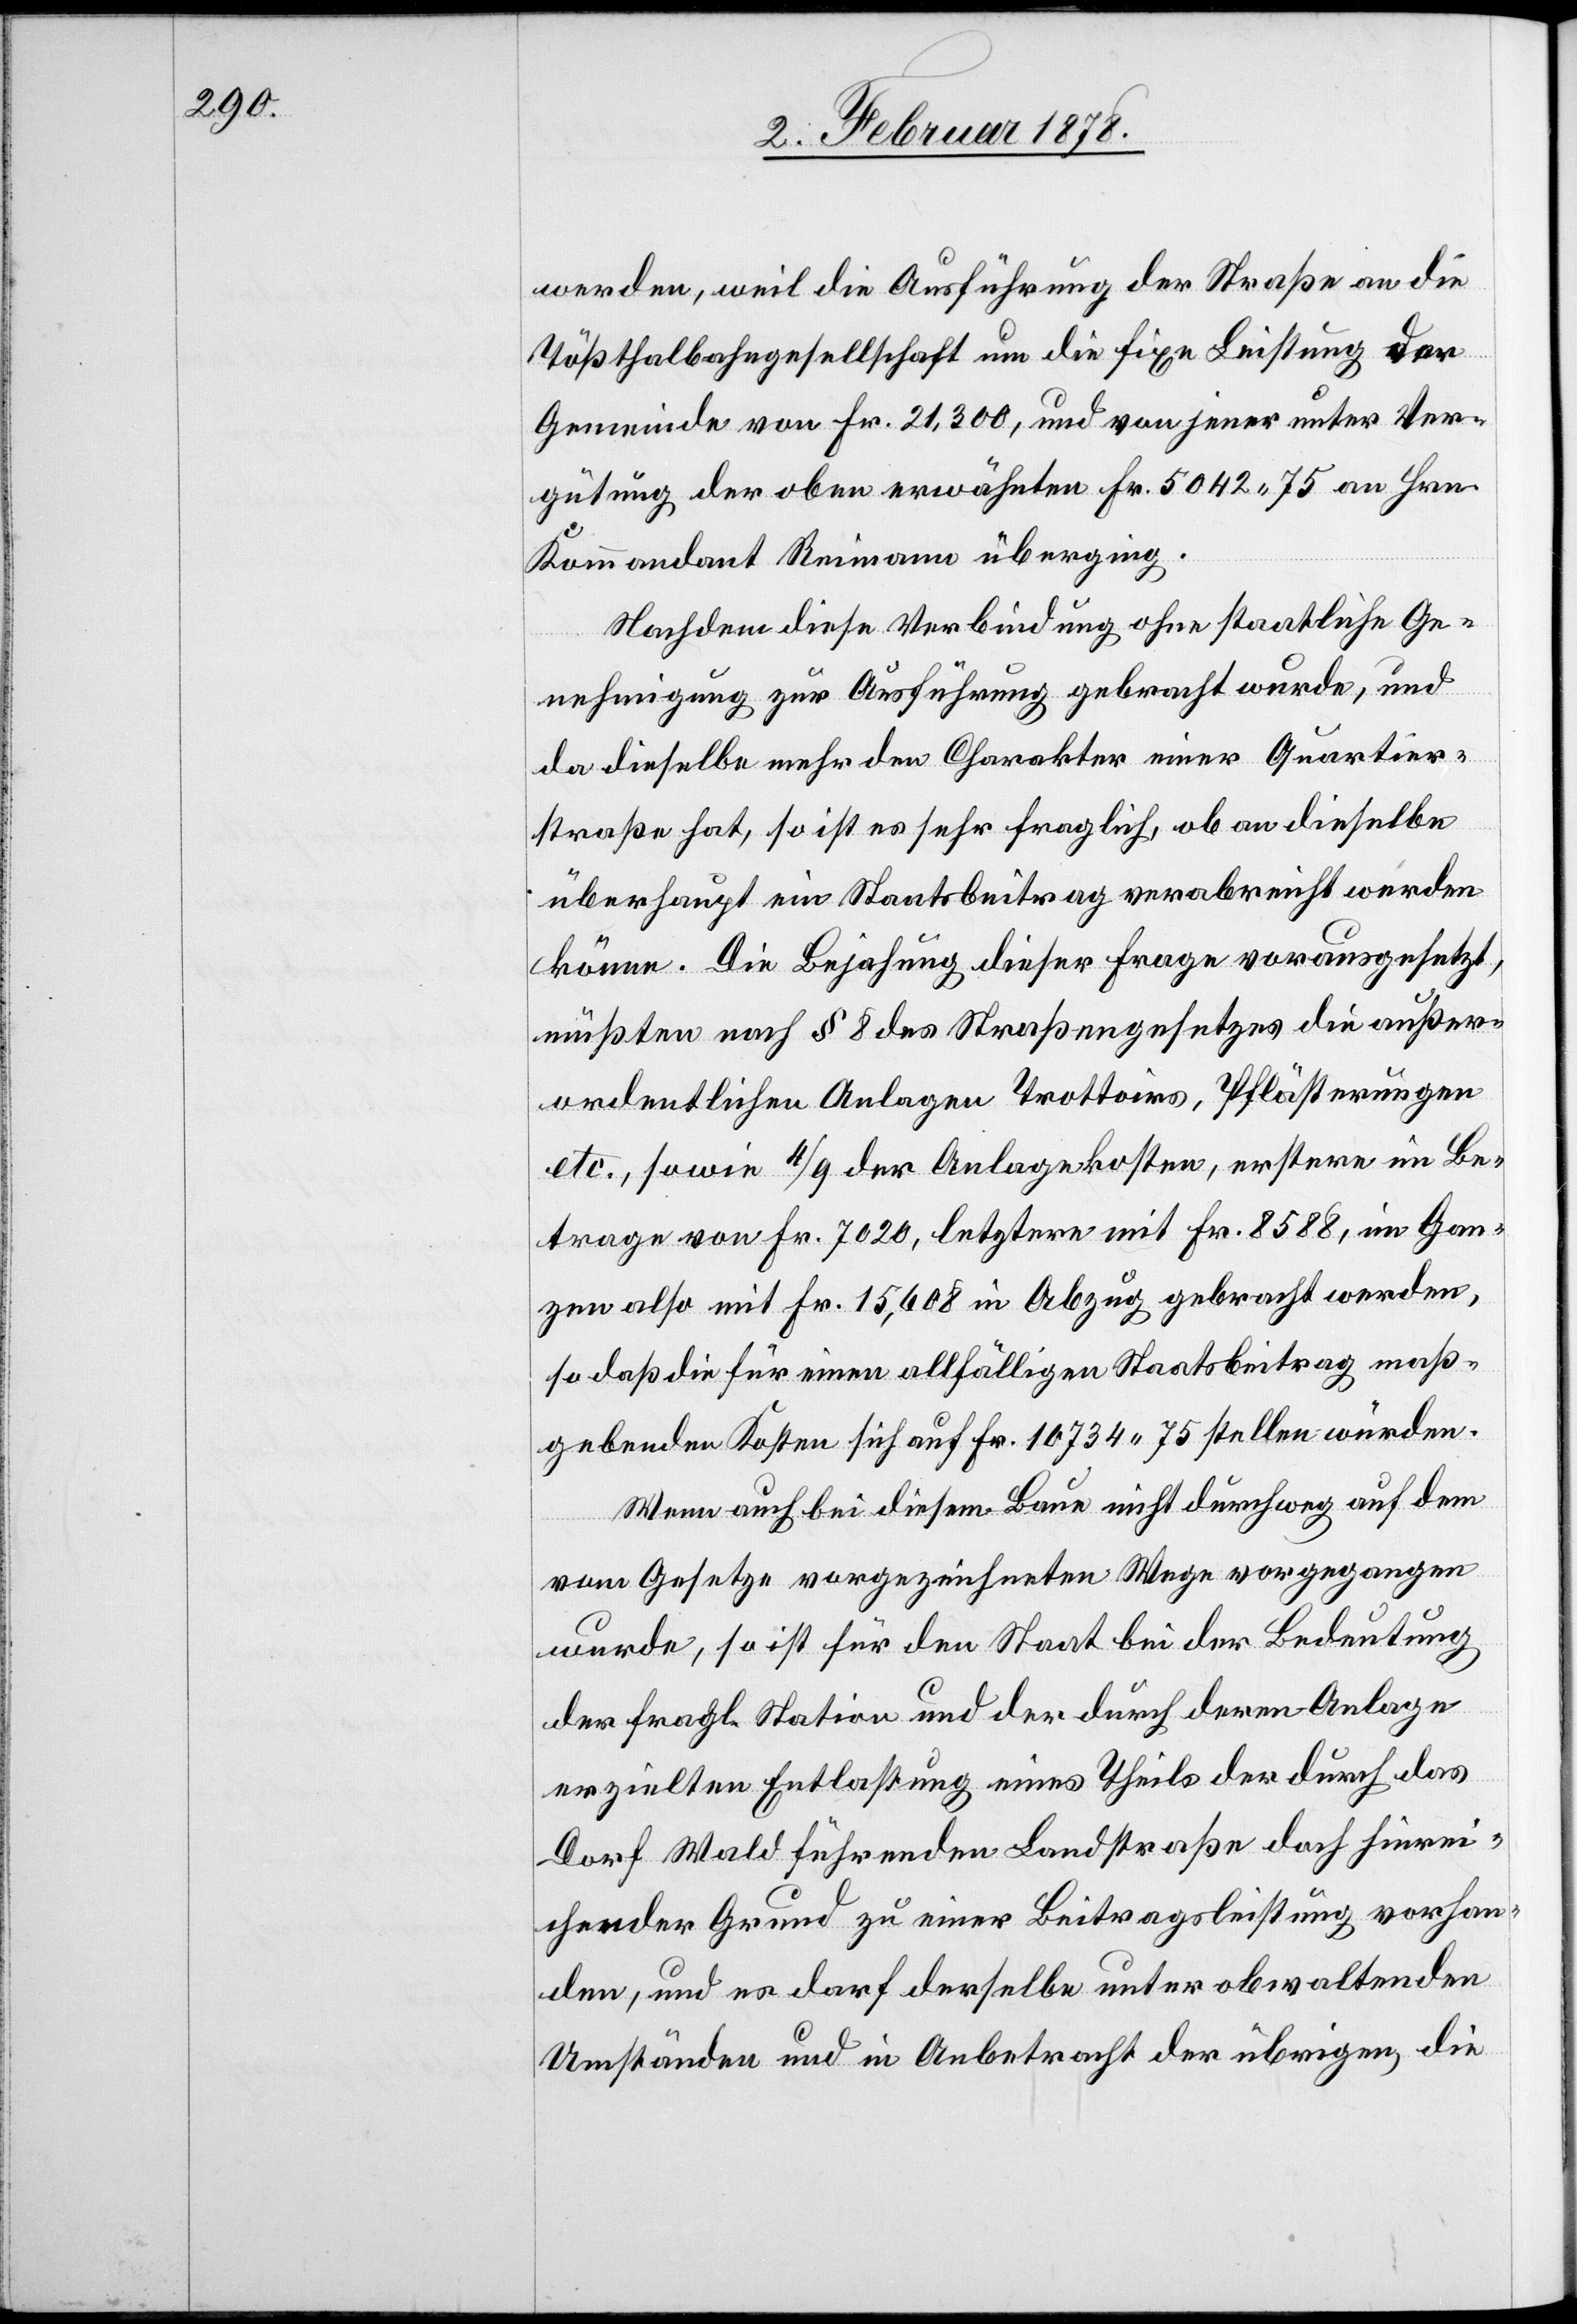
werden, weil die Ausführung der Straße an die
Tößthalbahngesellschaft um die fixe Leistung der
Gemeinde von Fr. 21,300, und von jener unter Ver¬
gütung der oben erwähnten Fr. 5042.75 an Hrn
Kommandant Reimann überging.
Nachdem diese Verbindung ohne staatliche Ge¬
nehmigung zur Ausführung gebracht wurde, und
da dieselbe mehr den Charakter einer Quartier¬
straße hat, so ist es sehr fraglich, ob an dieselbe
überhaupt ein Staatsbeitrag verabreicht werden
könne. Die Bejahung dieser Frage vorausgesetzt,
müßten nach § 8 des Straßengesetzes die außer¬
ordentlichen Anlagen Trottoirs, Pflästerungen
etc., sowie 4/9 der Anlagekosten, erstere im Be¬
trage von Fr. 7020, letztere mit Fr. 8588, im Gan¬
zen also mit Fr. 15,608 in Abzug gebracht werden,
so daß die für einen allfälligen Staatsbeitrag maß¬
gebenden Kosten sich auf Fr. 10734.75 stellen würden.
Wenn auch bei diesem Baue nicht durchweg auf dem
vom Gesetze vorgezeichneten Wege vorgegangen
wurde, so ist für den Staat bei der Bedeutung
der fragl. Station und der durch deren Anlage
erzielten Entlastung eines Theils der durch das
Dorf Wald führenden Landstraße doch hinrei¬
chender Grund zu einer Beitragsleistung vorhan¬
den, und es darf derselbe unter obwaltenden
Umständen und in Anbetracht der übrigen, die